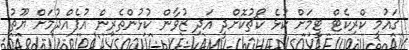
ގައުމީ ކްރިކެޓް ޓީމަށް ކުޅެ ކޯޗުކޮށްދީ އަދި ޒުވާން ކުޅުންތެރިން އުފެއްދުމަށް ޔޫތު